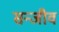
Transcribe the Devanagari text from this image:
सन्जीव